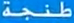
طَنْجِيّة